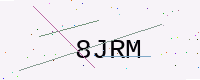
Text: 8JRM